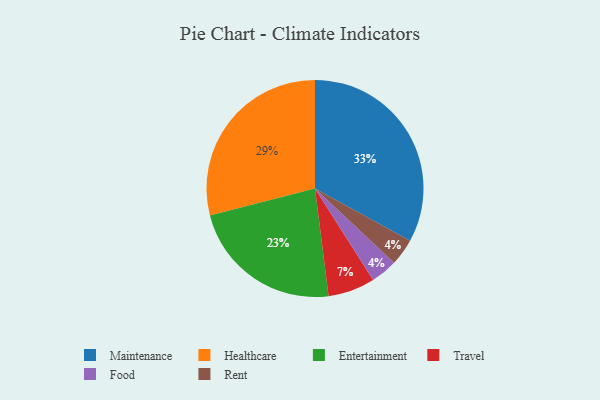
{"axis": {"x": "Category", "y": "Percentage"}, "legend": ["Entertainment", "Food", "Healthcare", "Maintenance", "Rent", "Travel"], "data": [{"x": "Food", "y": 4, "type": "Food"}, {"x": "Rent", "y": 4, "type": "Rent"}, {"x": "Travel", "y": 7, "type": "Travel"}, {"x": "Healthcare", "y": 29, "type": "Healthcare"}, {"x": "Maintenance", "y": 33, "type": "Maintenance"}, {"x": "Entertainment", "y": 23, "type": "Entertainment"}]}